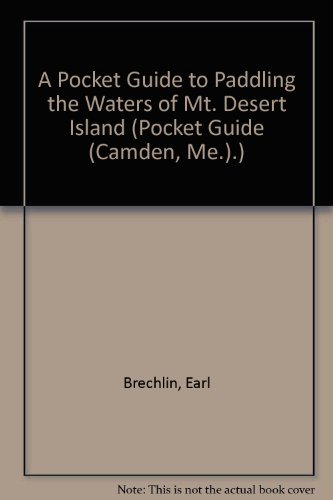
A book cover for A Pocket Guide to Paddling the Waters of Mt. Desert Island (Pocket Guide (Camden, Me.).); Earl Brechlin; Travel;